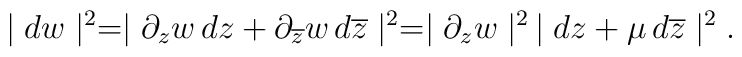
\mid dw \mid^{2} = \mid \partial_{z} w \, dz +  \partial_{\overline{z}}w \,d  \overline{z} \mid^{2} = \mid \partial_{z}w\mid^{2}\, \mid dz +  \mu \, d\overline{z} \mid^{2}.